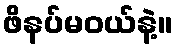
ဖိနပ်မဝယ်နဲ့။